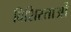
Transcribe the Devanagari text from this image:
विशिस्ताओं